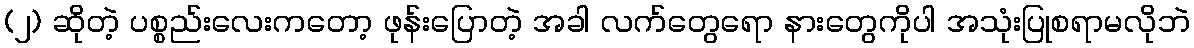
(၂) ဆိုတဲ့ ပစ္စည်းလေးကတော့ ဖုန်းပြောတဲ့ အခါ လက်တွေရော နားတွေကိုပါ အသုံးပြုစရာမလိုဘဲ